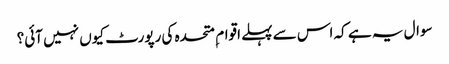
سوال یہ ہے کہ اس سے پہلے اقوام ِ متحدہ کی رپورٹ کیوں نہیں آئی؟